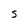
Character: S